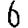
Digit: 6